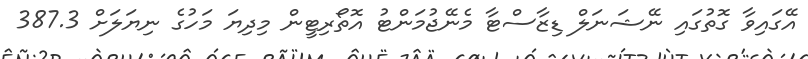
އޭގައިވާ ގޮތުގައި ނޭޝަނަލް ޑިޒާސްޓާ މެނޭޖުމަންޓު އޮތޯރިޓީން މިދިޔަ މަހުގެ ނިޔަލަށް 387.3